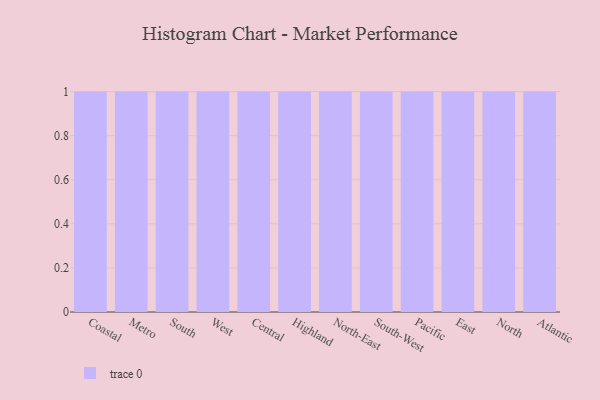
{"axis": {"x": "Region", "y": "Active Users"}, "legend": [""], "data": [{"x": "Coastal", "y": 63, "type": ""}, {"x": "Metro", "y": 86, "type": ""}, {"x": "South", "y": 27, "type": ""}, {"x": "West", "y": 80, "type": ""}, {"x": "Central", "y": 80, "type": ""}, {"x": "Highland", "y": 14, "type": ""}, {"x": "North-East", "y": 35, "type": ""}, {"x": "South-West", "y": 62, "type": ""}, {"x": "Pacific", "y": 72, "type": ""}, {"x": "East", "y": 2, "type": ""}, {"x": "North", "y": 77, "type": ""}, {"x": "Atlantic", "y": 86, "type": ""}]}